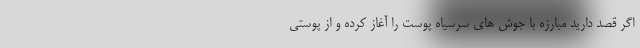
اگر قصد دارید مبارزه با جوش های سرسیاه پوست را آغاز کرده و از پوستی